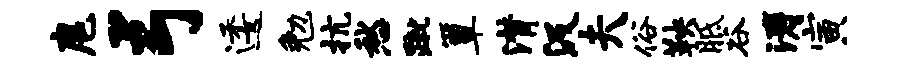
扈弓逶勉抗愁蹴簟潸汲夫俗鞅胝谷涛寅